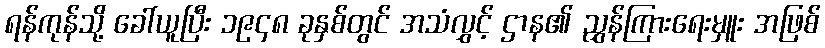
ရန်ကုန်သို့ ခေါ်ယူပြီး ၁၉၄၈ ခုနှစ်တွင် အသံလွှင့် ဌာန၏ ညွှန်ကြားရေးမှူး အဖြစ်